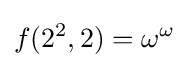
f(2^{2},2)=\omega ^{\omega }